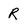
Character: R